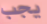
يجب